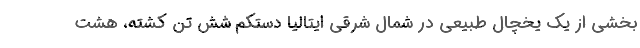
بخشی از یک یخچال طبیعی در شمال شرقی ایتالیا دستکم شش تن کشته، هشت